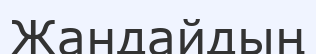
Жандайдың